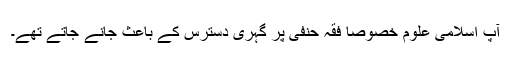
آپ اسلامی علوم خصوصاً فقہ حنفی پر گہری دسترس کے باعث جانے جاتے تھے۔